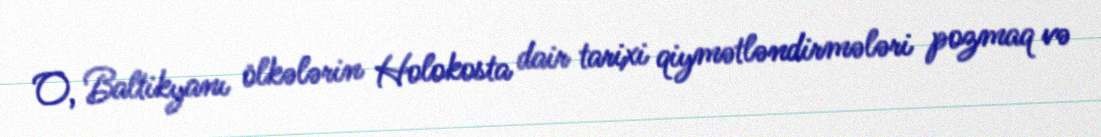
O, Baltikyanı ölkələrin Holokosta dair tarixi qiymətləndirmələri pozmaq və